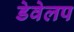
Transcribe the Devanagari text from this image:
डेवेलप